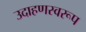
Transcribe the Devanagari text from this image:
उदाहणस्वरूप